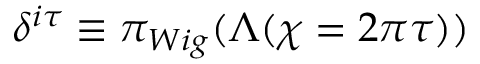
\delta ^ { i \tau } \equiv \pi _ { W i g } ( \Lambda ( \chi = 2 \pi \tau ) )